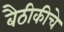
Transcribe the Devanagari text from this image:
बैठीकीचे